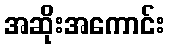
အဆိုးအကောင်း